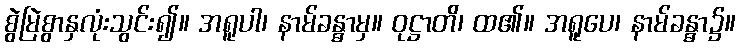
စွဲမြဲစွာနှလုံးသွင်း၍။ အရူပါ၊ နာမ်ခန္ဓာမှ။ ဝုဋ္ဌာတိ၊ ထ၏။ အရူပေ၊ နာမ်ခန္ဓာ၌။